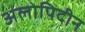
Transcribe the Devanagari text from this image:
अलोपिदीन